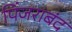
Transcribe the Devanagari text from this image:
पिंजराबंद